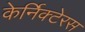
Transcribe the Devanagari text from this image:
केर्निक्टेरस